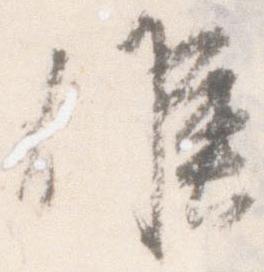
候